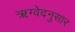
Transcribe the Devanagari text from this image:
ऋग्वेदनुसार